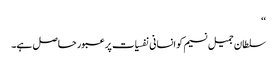
‘‘
سلطان جمیل نسیم کو انسانی نفسیات پر عبور حاصل ہے۔